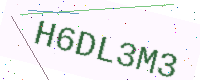
Text: H6DL3M3